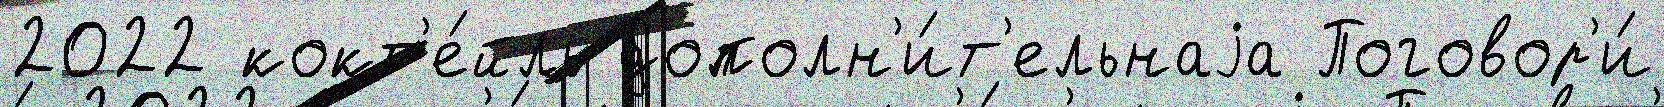
2022 кокт'е́йль дополн'и́т'ельнаjа Поговор'и́